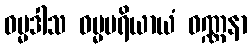
ဓမ္မဒါသ ဓမ္မပရိယာယံ ဝဏ္ဏနာ